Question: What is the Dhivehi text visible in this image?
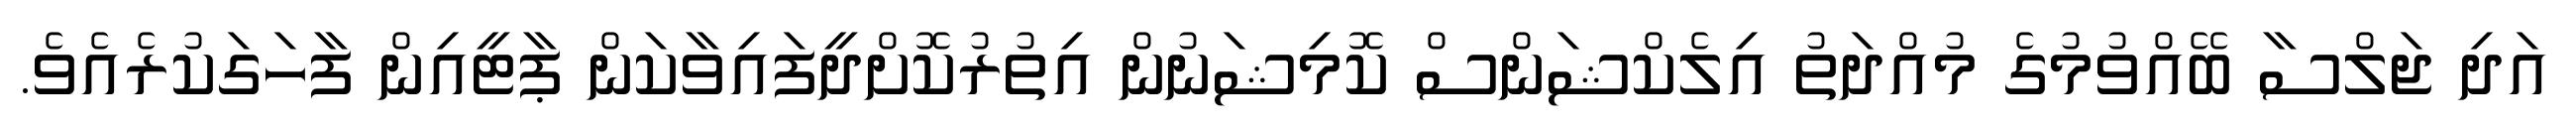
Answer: އަދި ޖަލްސާ ބޭއްވުމުގެ މުއްދަތު އިލެކްޝަންސް ކޮމިޝަނުން އިތުރުކޮށްދީފައިވާކަން ޕާޓީއިން ފާހަގަކުރެއެވެ.